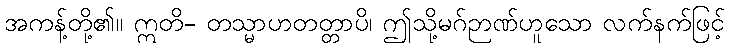
အကန့်တို့၏။ ဣတိ- တသ္မာဟတတ္တာပိ၊ ဤသို့မဂ်ဉာဏ်ဟူသော လက်နက်ဖြင့်